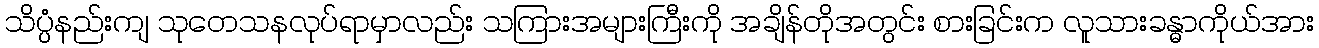
သိပ္ပံနည်းကျ သုတေသနလုပ်ရာမှာလည်း သကြားအများကြီးကို အချိန်တိုအတွင်း စားခြင်းက လူသားခန္ဓာကိုယ်အား